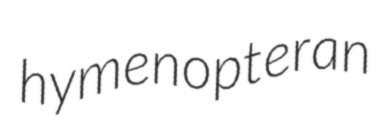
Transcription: hymenopteran